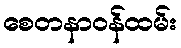
စေတနာဝန်ထမ်း